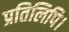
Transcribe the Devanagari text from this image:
प्रतिलिपि।